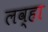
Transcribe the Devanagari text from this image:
लव्हा